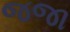
જજા